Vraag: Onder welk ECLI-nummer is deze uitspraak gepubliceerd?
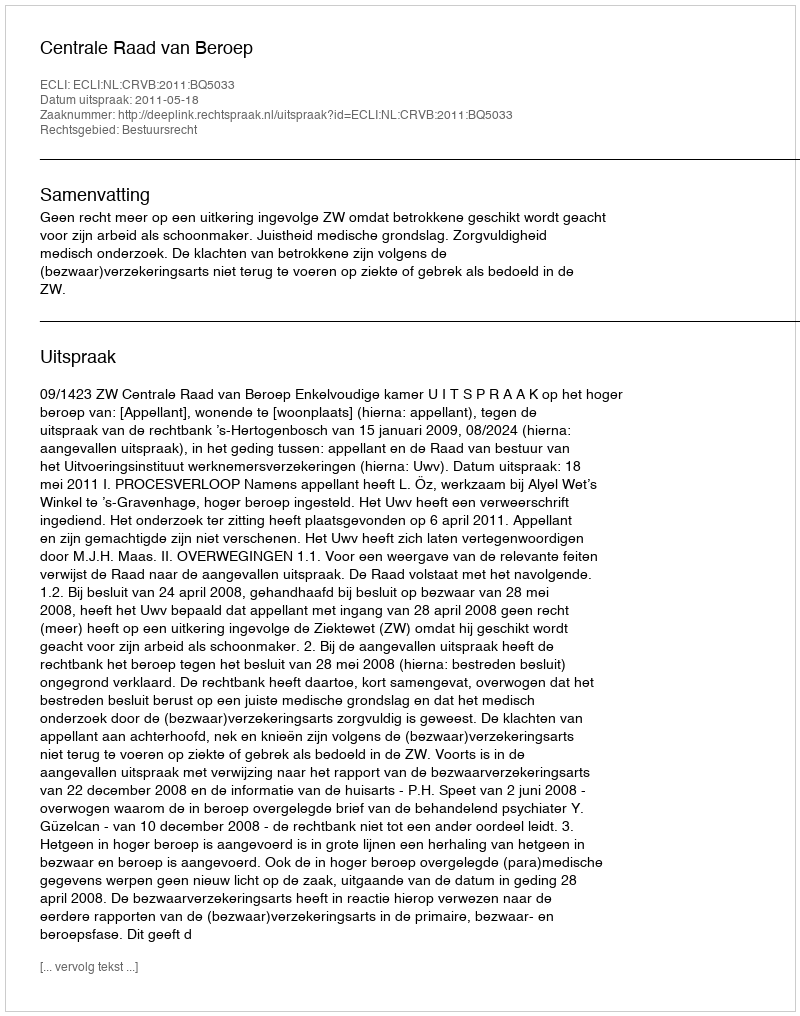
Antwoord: ECLI:NL:CRVB:2011:BQ5033